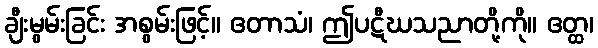
ချီးမွမ်းခြင်း အစွမ်းဖြင့်။ ဧတာသံ၊ ဤပဋီဃသညာတို့ကို။ ဧတ္ထ၊